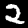
Label: 2